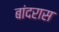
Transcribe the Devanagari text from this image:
बांदरास